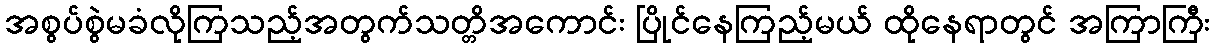
အစွပ်စွဲမခံလိုကြသည့်အတွက်သတ္တိအကောင်း ပြိုင်နေကြည့်မယ် ထိုနေရာတွင် အကြာကြီး